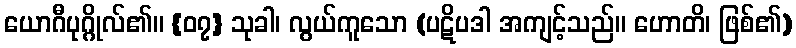
ယောဂီပုဂ္ဂိုလ်၏။ {၀၇} သုခါ၊ လွယ်ကူသော (ပဋိပဒါ အကျင့်သည်။ ဟောတိ၊ ဖြစ်၏)